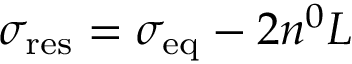
\sigma _ { \mathrm { r e s } } = \sigma _ { \mathrm { e q } } - 2 n ^ { 0 } L